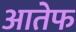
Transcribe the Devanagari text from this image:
आतेफ